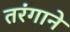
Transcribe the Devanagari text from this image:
तरंगाने